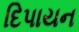
દિપાયન